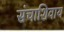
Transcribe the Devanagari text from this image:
संचाशिवाय